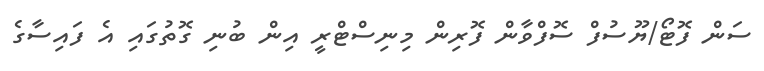
ސަން ފޮޓޯ/ޔޫސުފް ސޮފްވާން ފޮރިން މިނިސްޓްރީ އިން ބުނި ގޮތުގައި އެ ފައިސާގެ